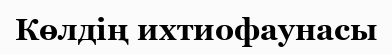
Көлдің ихтиофаунасы